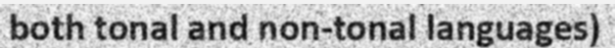
both tonal and non-tonal languages)